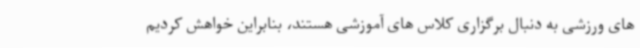
های ورزشی به دنبال برگزاری کلاس های آموزشی هستند، بنابراین خواهش کردیم